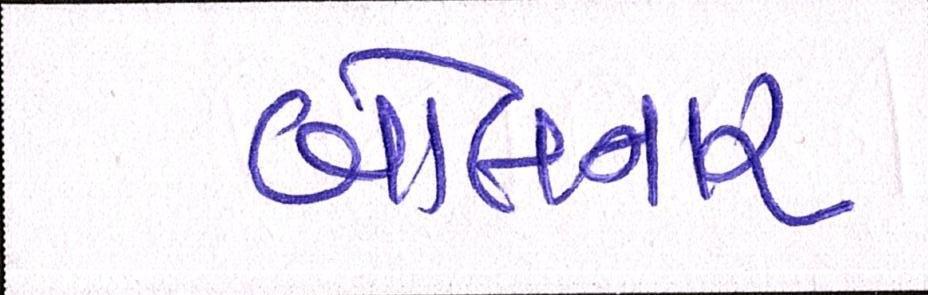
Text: બોલનાર